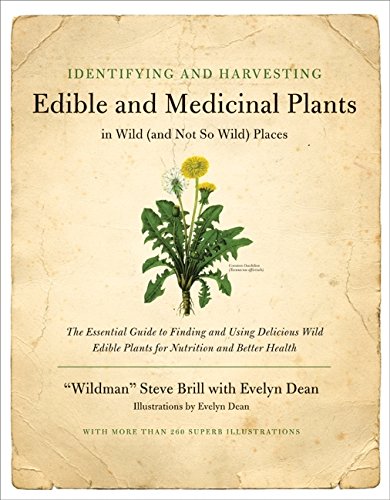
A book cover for Identifying and Harvesting Edible and Medicinal Plants in Wild (and Not So Wild) Places; Steve Brill; Crafts, Hobbies & Home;